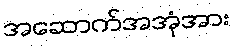
အဆောက်အအုံအား